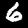
Label: 6